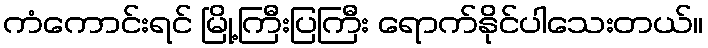
ကံကောင်းရင် မြို့ကြီးပြကြီး ရောက်နိုင်ပါသေးတယ်။